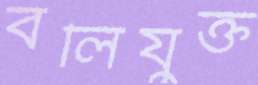
বলিযুক্ত